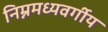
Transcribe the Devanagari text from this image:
निम्नमध्यवर्गीय